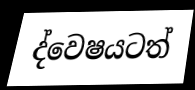
ද්වෙෂයටත්